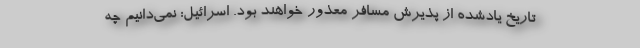
تاریخ یادشده از پذیرش مسافر معذور خواهند بود. اسرائیل: نمی‌دانیم چه